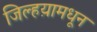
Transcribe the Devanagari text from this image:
जिल्हय़ामधून